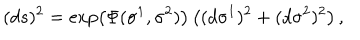
( d s ) ^ { 2 } = \exp \left( \Phi ( \sigma ^ { 1 } , \sigma ^ { 2 } ) \right) \left( ( d \sigma ^ { 1 } ) ^ { 2 } + ( d \sigma ^ { 2 } ) ^ { 2 } \right) ,